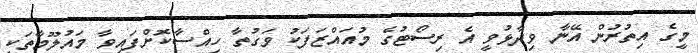
މީގެ އިތުރުން އޭނާ ވިދާޅުވީ އެ ރިސޯޓުގެ މުއައްޒަފަކު ވަގުތާ ހިއްސާކޮށްފައިވާ މައުލޫމާތަކީ